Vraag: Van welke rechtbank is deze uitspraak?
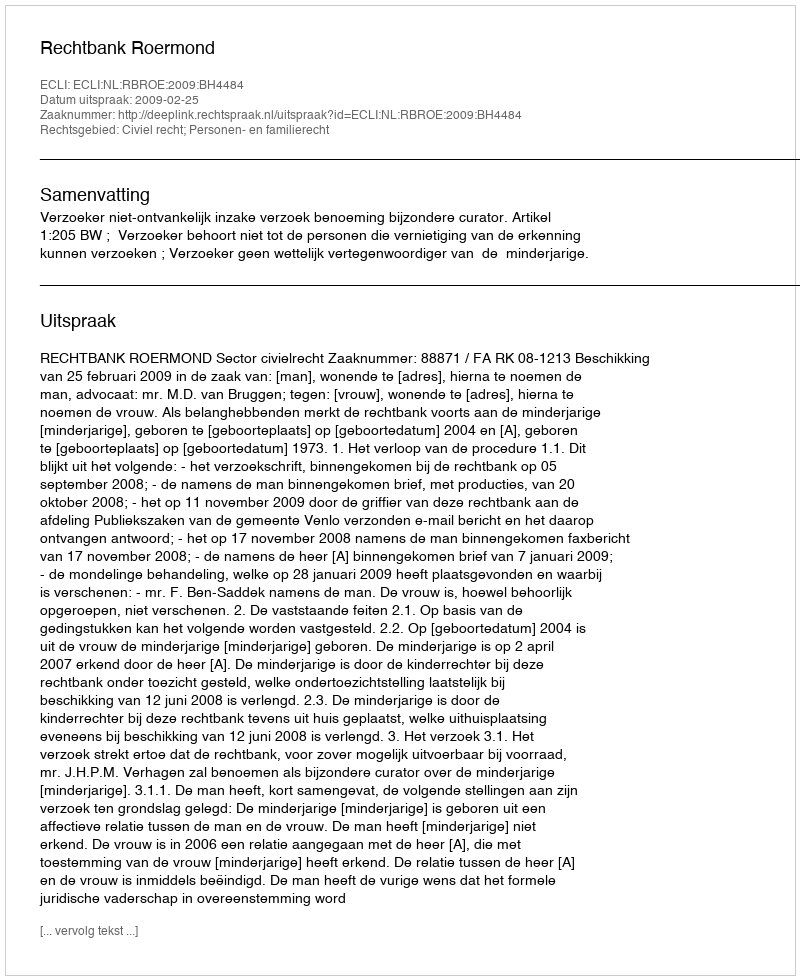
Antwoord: Rechtbank Roermond